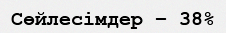
Сөйлесімдер – 38%